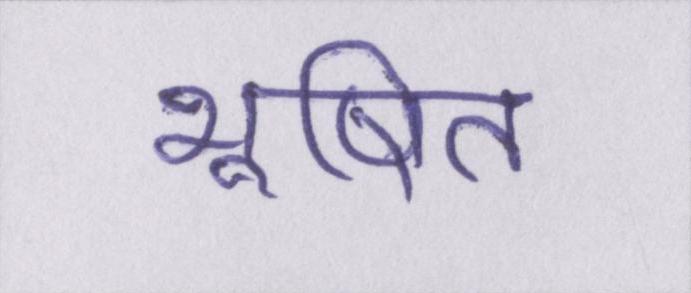
भूषित